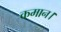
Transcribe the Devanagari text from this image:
कमान।